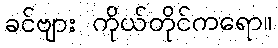
ခင်ဗျား ကိုယ်တိုင်ကရော။